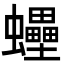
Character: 𧕫